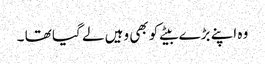
وہ اپنے بڑے بیٹے کو بھی وہیں لے گیا تھا ۔